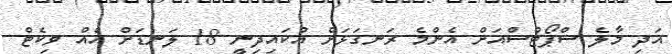
އަދި މާލެ ސްޕޯޓްސްއަށް އެންމެ ރަނގަޅަށް އުކައިދިނީ 18 ލަނޑަށް އެއް ވިކެޓް